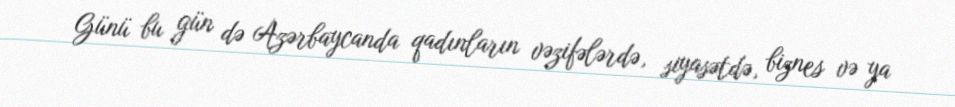
Günü bu gün də Azərbaycanda qadınların vəzifələrdə, siyasətdə, biznes və ya